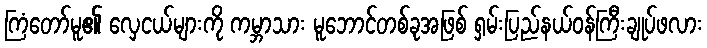
ကြံတော်မူ၏ လှေငယ်များကို ကမ္ဘာသား မူဘောင်တစ်ခုအဖြစ် ရှမ်းပြည်နယ်ဝန်ကြီးချုပ်ဖလား